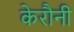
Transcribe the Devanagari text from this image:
केरौनी